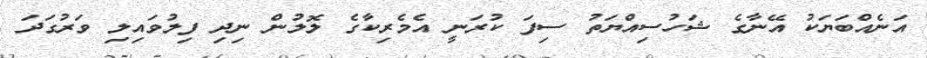
އަނެއްބަޔަކު އޭނާގެ ޝަހުސިއްޔަތު ސިފަ ކުރަނީ އެމެރިކާގެ ލޮލުން ނިދި ފިލުވައިލި ވަރުގަދަ